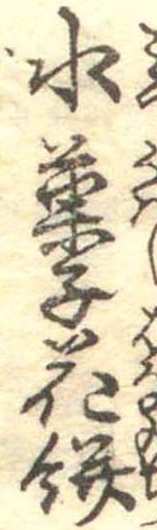
水菓子花餅